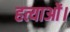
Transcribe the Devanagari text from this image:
हत्याओं।